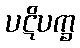
ပဋိပက္ခ